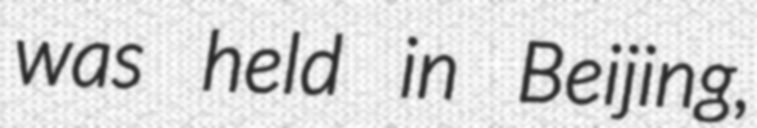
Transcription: was held in Beijing,